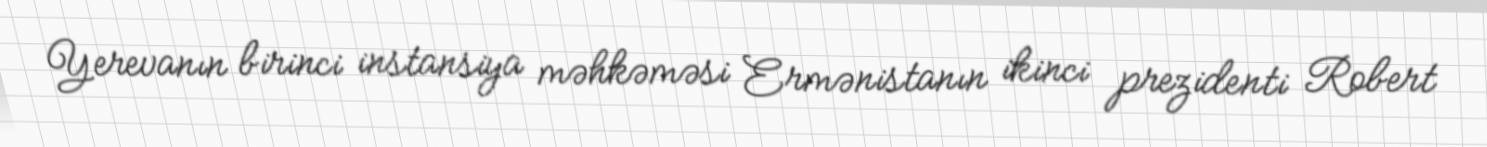
Yerevanın birinci instansiya məhkəməsi Ermənistanın ikinci prezidenti Robert